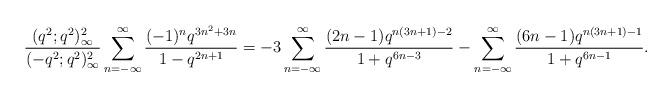
LaTeX: \begin{align*}\frac{(q^2;q^2)_\infty^2}{(-q^2;q^2)_\infty^2}\sum_{n=-\infty}^\infty\frac{(-1)^nq^{3n^2+3n}}{1-q^{2n+1}}=-3\sum_{n=-\infty}^\infty\frac{(2n-1)q^{n(3n+1)-2}}{1+q^{6n-3}}-\sum_{n=-\infty}^\infty\frac{(6n-1)q^{n(3n+1)-1}}{1+q^{6n-1}}.\end{align*}